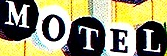
MOTEL